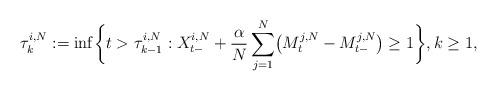
LaTeX: \begin{align*}\tau_{k}^{i,N} := \inf \biggl\{ t > \tau_{k-1}^{i,N} : X_{t-}^{i,N}+ \frac{\alpha}{N} \sum_{j =1}^N \bigl(M^{j,N}_{t} - M^{j,N}_{t-}\bigr) \geq 1 \biggr\},k\geq1,\end{align*}